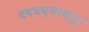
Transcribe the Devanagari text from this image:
धबधब्यावरून